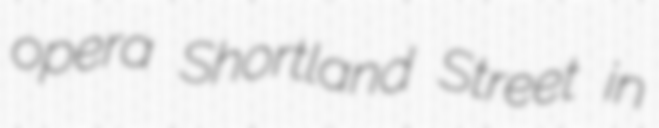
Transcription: opera Shortland Street in